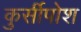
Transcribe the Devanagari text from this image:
कुर्सीपोश